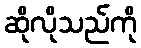
ဆိုလိုသည်ကို